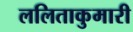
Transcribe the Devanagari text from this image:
ललिताकुमारी